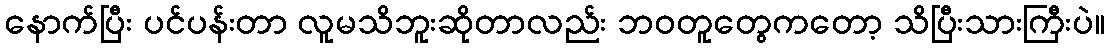
နောက်ပြီး ပင်ပန်းတာ လူမသိဘူးဆိုတာလည်း ဘဝတူတွေကတော့ သိပြီးသားကြီးပဲ။